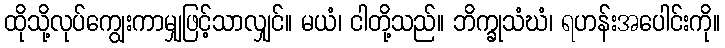
ထိုသို့လုပ်ကျွေးကာမျှဖြင့်သာလျှင်။ မယံ၊ ငါတို့သည်။ ဘိက္ခုသံဃံ၊ ရဟန်းအပေါင်းကို။